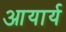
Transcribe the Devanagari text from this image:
आयार्य